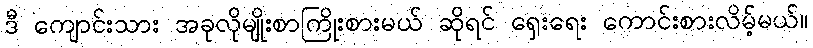
ဒီ ကျောင်းသား အခုလိုမျိုးစာကြိုးစားမယ် ဆိုရင် ရှေးရေး ကောင်းစားလိမ့်မယ်။